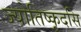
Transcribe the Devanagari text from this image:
ज्योतिष्कृदसि